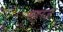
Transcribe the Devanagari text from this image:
महरज